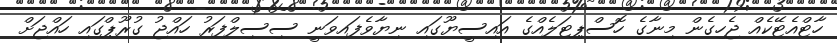
ހާޓްއެޓޭކެއް ޖެހިގެން މިނާގެ ހޮސްޕިޓަލެއްގެ އައިސީޔޫގައި ނިޔާވެފައިވަނީ ސިސިލްފަރު ހައްޖު ގުރޫޕްގައި ހައްޖަށް